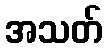
အသတ်